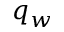
q _ { w }